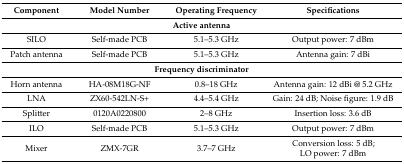
<table><thead><tr><td><b>Component</b></td><td><b>Model Number</b></td><td><b>Operating Frequency</b></td><td><b>Specifications</b></td></tr></thead><tbody><tr><td colspan="4"><b>Active antenna</b></td></tr><tr><td>SILO</td><td>Self-made PCB</td><td>5.1–5.3 GHz</td><td>Output power: 7 dBm</td></tr><tr><td>Patch antenna</td><td>Self-made PCB</td><td>5.1–5.3 GHz</td><td>Antenna gain: 7 dBi</td></tr><tr><td colspan="4"><b>Frequency discriminator</b></td></tr><tr><td>Horn antenna</td><td>HA-08M18G-NF</td><td>0.8–18 GHz</td><td>Antenna gain: 12 dBi @ 5.2 GHz</td></tr><tr><td>LNA</td><td>ZX60-542LN-S+</td><td>4.4–5.4 GHz</td><td>Gain: 24 dB; Noise figure: 1.9 dB</td></tr><tr><td>Splitter</td><td>0120A0220800</td><td>2–8 GHz</td><td>Insertion loss: 3.6 dB</td></tr><tr><td>ILO</td><td>Self-made PCB</td><td>5.1–5.3 GHz</td><td>Output power: 7 dBm</td></tr><tr><td>Mixer</td><td>ZMX-7GR</td><td>3.7–7 GHz</td><td>Conversion loss: 5 dB; LO power: 7 dBm</td></tr></tbody></table>